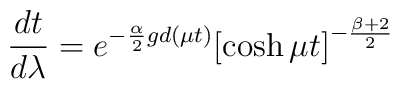
\frac{d t}{d\lambda} = e^{-\frac{\alpha}{2} gd(\mu t)}\bigl[\cosh{\mu t}\bigr]^{-\frac{\beta + 2}{2}}